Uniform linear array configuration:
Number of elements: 8
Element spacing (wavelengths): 0.75
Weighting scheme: binomial
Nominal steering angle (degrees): -15
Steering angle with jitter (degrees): -16.165
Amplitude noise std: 0.05
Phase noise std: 0.05

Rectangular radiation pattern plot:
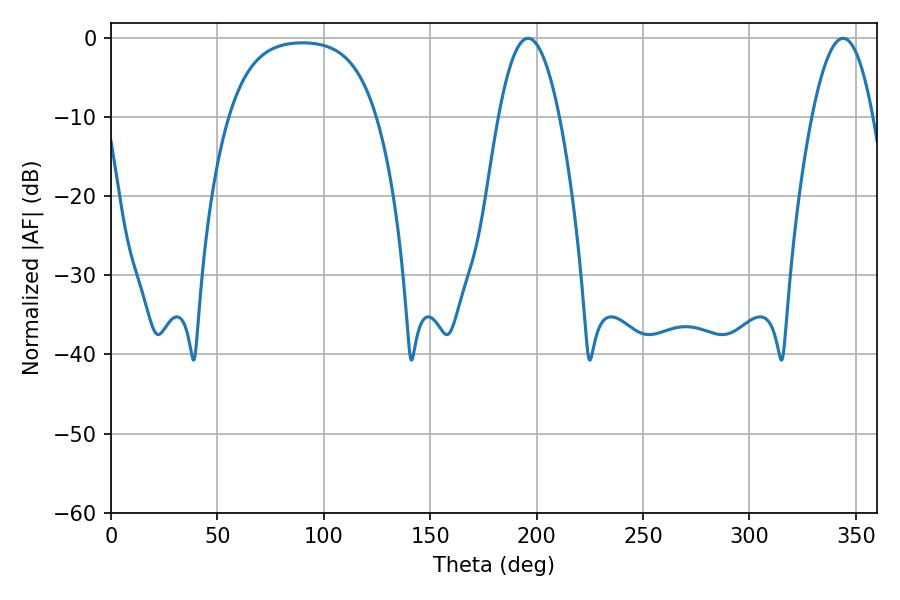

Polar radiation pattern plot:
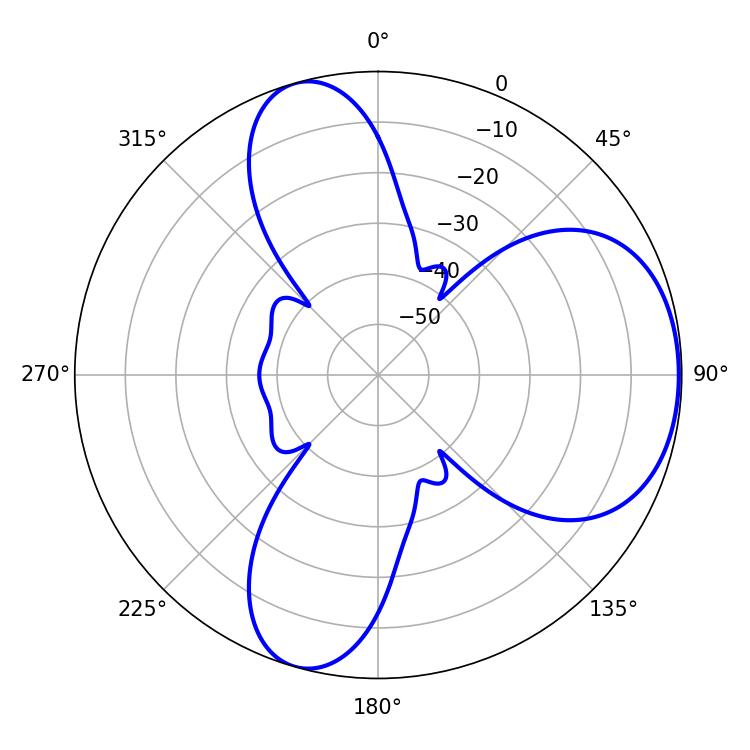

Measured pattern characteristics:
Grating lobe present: TRUE
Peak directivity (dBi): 5.753
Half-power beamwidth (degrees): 15.66
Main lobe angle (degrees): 196.02